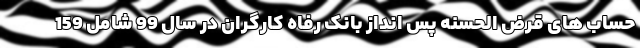
حساب های قرض الحسنه پس انداز بانک رفاه کارگران در سال 99 شامل 159